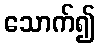
သောက်၍